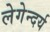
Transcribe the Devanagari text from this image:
लेगेन्दर्य